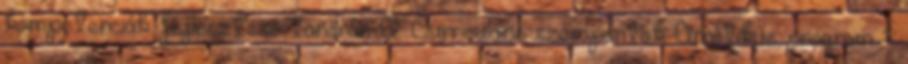
kompetenciák fejlesztése tanórán A. Curriculáris szempontok Analitikus program 1.